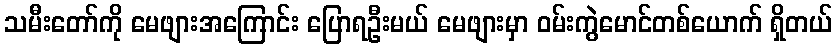
သမီးတော်ကို မေဖျားအကြောင်း ပြောရဦးမယ် မေဖျားမှာ ဝမ်းကွဲမောင်တစ်ယောက် ရှိတယ်